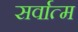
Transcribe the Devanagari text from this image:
सर्वात्म